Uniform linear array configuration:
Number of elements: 32
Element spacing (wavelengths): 1
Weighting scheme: hann
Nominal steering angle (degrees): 30
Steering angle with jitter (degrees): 31.409
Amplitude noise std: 0.05
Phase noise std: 0.05

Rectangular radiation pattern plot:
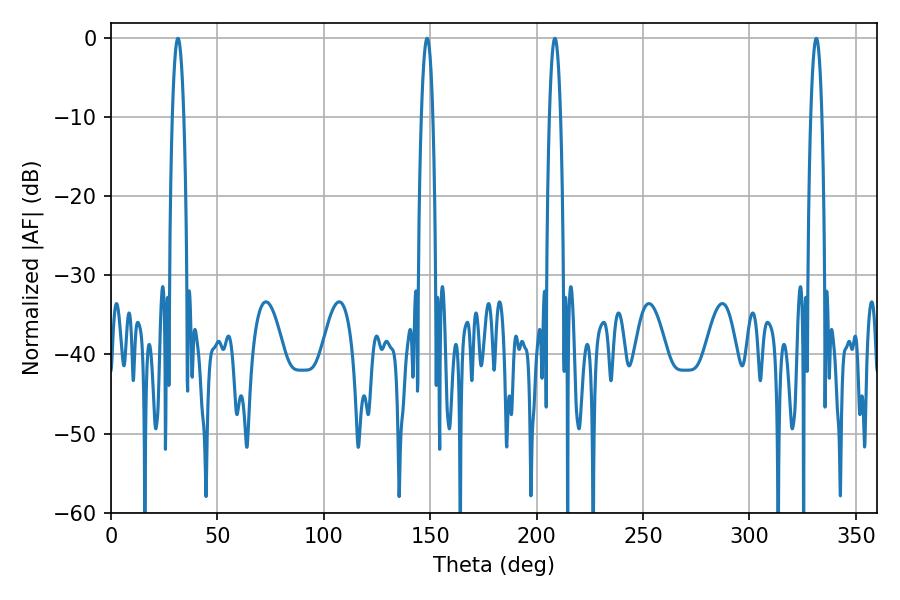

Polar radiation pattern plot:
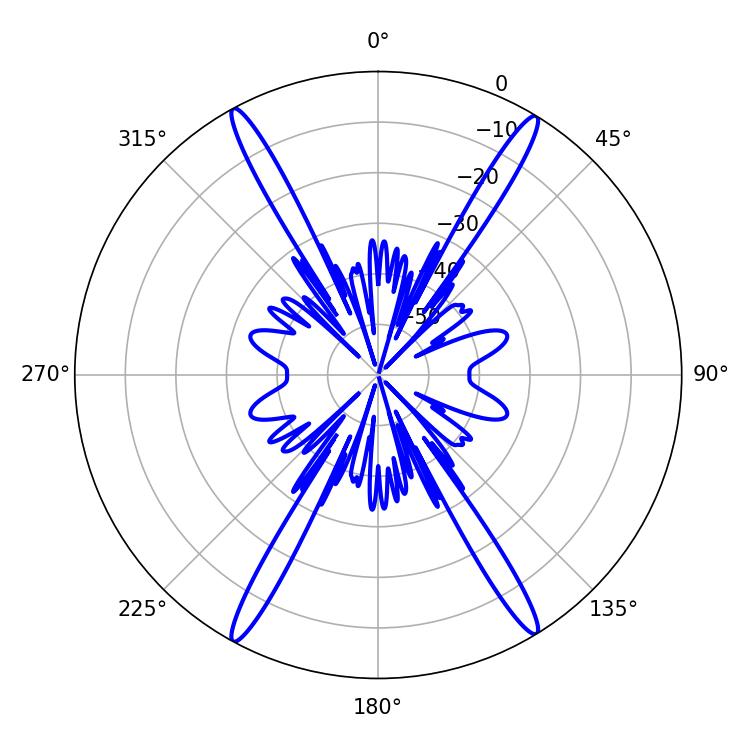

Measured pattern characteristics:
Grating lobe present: TRUE
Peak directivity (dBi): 24.922
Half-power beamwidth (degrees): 2.88
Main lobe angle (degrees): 208.62